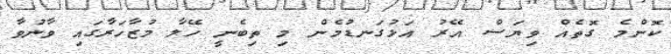
ކޮންމެ ގޮތެއް ވިޔަސް އޭރު އަޅުގަނޑުމެން މި ތިބެނީ ހޭލާ މުޒާހަރާގައި ވާނުވާ